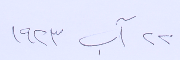
٢٢ آب ١٩٢٣